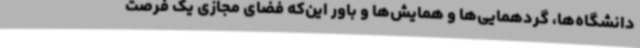
دانشگاه‌ها، گردهمایی‌ها و همایش‌ها و باور این‌که فضای مجازی یک فرصت